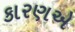
કારણએ